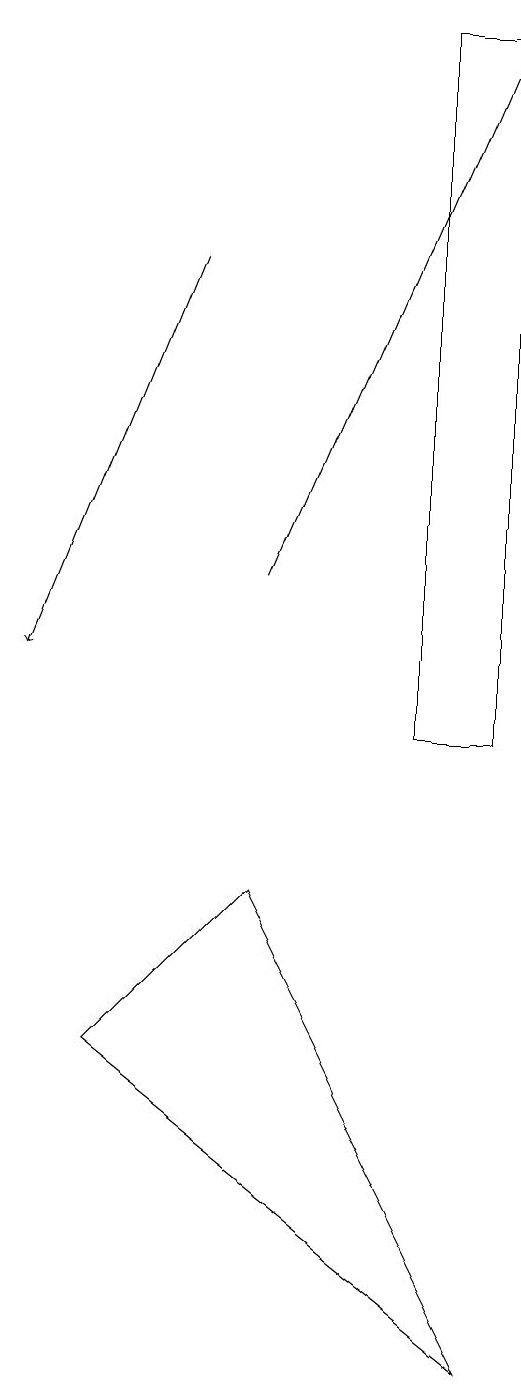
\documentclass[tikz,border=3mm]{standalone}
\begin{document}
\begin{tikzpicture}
\draw[->] (3,16) -- (1,11);
\draw (6,19) rectangle (7,10);
\draw (7,2) -- (2,6) -- (4,8) -- cycle;
\draw[->] (4,12) -- (7,19);
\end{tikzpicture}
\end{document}